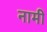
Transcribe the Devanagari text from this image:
नामीं